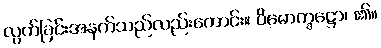
လွတ်ခြင်းအနက်သည်လည်းကောင်း။ ဝိမောက္ခဋ္ဌော၊ ၏။